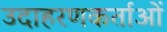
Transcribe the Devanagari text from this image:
उदाहरणकर्ताओं